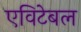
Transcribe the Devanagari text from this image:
एविटेबल